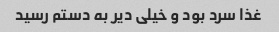
غذا سرد بود و خیلی دیر به دستم رسید